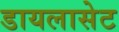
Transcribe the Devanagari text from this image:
डायलासेट